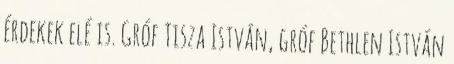
érdekek elé is. Gróf Tisza István, gróf Bethlen István